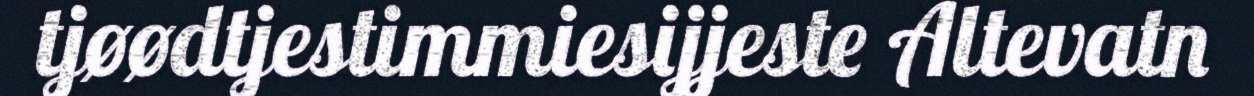
tjøødtjestimmiesijjeste Altevatn